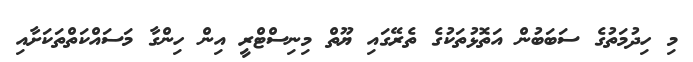
މި ހިދުމަތުގެ ސަބަބުން އަތޮޅުތަކުގެ ތެރޭގައި ޔޫތް މިނިސްޓްރީ އިން ހިންގާ މަސައްކަތްތަކަށާއި